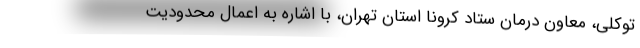
توکلی، معاون درمان ستاد کرونا استان تهران، با اشاره به اعمال محدودیت